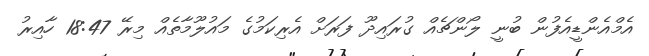
އެމްއެންޑީއެފުން ބުނީ ލޯންޗެއް ގުރައިދޫ ފަރަށް އެރިކަމުގެ މައުލޫމާތެއް މިރޭ 18:47 ހާއިރު